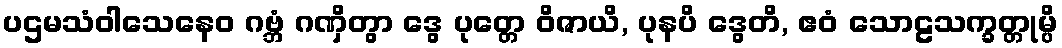
ပဌမသံဝါသေနေဝ ဂဗ္ဘံ ဂဏှိတွာ ဒွေ ပုတ္တေ ဝိဇာယိ, ပုနပိ ဒွေတိ, ဧဝံ သောဠသက္ခတ္တုမ္ပိ